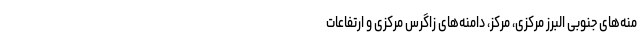
منه‌های جنوبی البرز مرکزی، مرکز، دامنه‌های زاگرس مرکزی و ارتفاعات